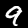
Digit: 9